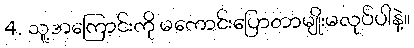
4. သူ့အကြောင်းကို မကောင်းပြောတာမျိုးမလုပ်ပါနဲ့။